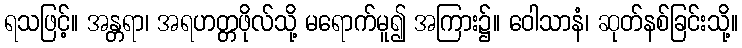
ရသဖြင့်။ အန္တရာ၊ အရဟတ္တဖိုလ်သို့ မရောက်မူ၍ အကြား၌။ ဝေါသာနံ၊ ဆုတ်နစ်ခြင်းသို့။